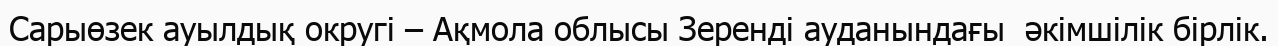
Сарыөзек ауылдық округі – Ақмола облысы Зеренді ауданындағы  әкімшілік бірлік.